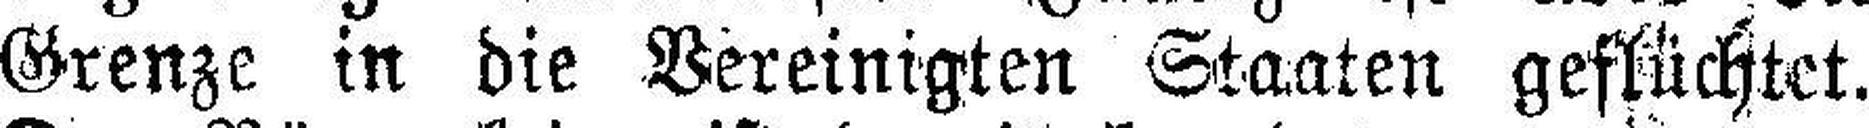
Grenze in die Vereinigten Staaten geflüchtet.